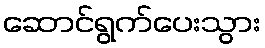
ဆောင်ရွက်ပေးသွား